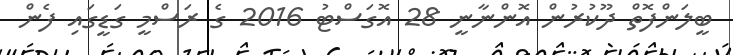
ބީލަންފޮތް ދޫކުރުން އޮންނާނީ 28 އޮގަސްޓު 2016 ގެ ރަސްމީ ގަޑީގައި ފެން